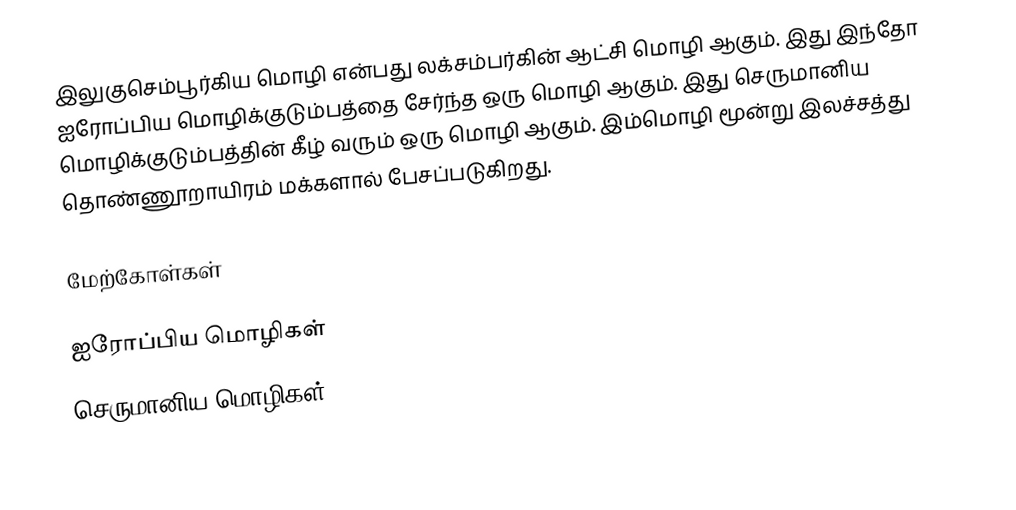
இலுகுசெம்பூர்கிய மொழி என்பது லக்சம்பர்கின் ஆட்சி மொழி ஆகும். இது இந்தோ ஐரோப்பிய மொழிக்குடும்பத்தை சேர்ந்த ஒரு மொழி ஆகும். இது செருமானிய மொழிக்குடும்பத்தின் கீழ் வரும் ஒரு மொழி ஆகும். இம்மொழி மூன்று இலச்சத்து தொண்ணூறாயிரம் மக்களால் பேசப்படுகிறது.

மேற்கோள்கள்

ஐரோப்பிய மொழிகள்
செருமானிய மொழிகள்